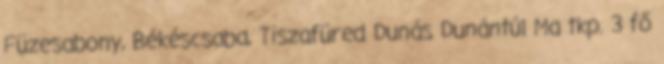
Füzesabony, Békéscsaba, Tiszafüred Dunás Dunántúl Ma tkp. 3 fő